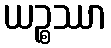
ယဉ္စဿာ